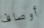
أوصاف